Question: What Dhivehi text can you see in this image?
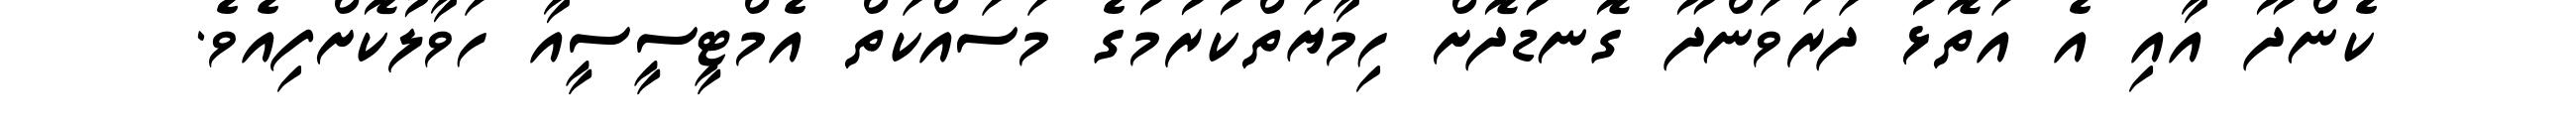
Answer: ކެންދޫ އާއި އެ އަތޮޅު ދަރަވަންދޫ ގޮނޑުދޮށް ހިމާޔަތްކުރުމުގެ މަސައްކަތް އެމްޓީސީސީއާ ހަވާލުކޮށްފިއެވެ.